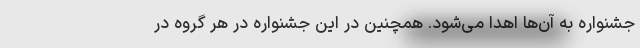
جشنواره به آن‌ها اهدا می‌شود. همچنین در این جشنواره در هر گروه در